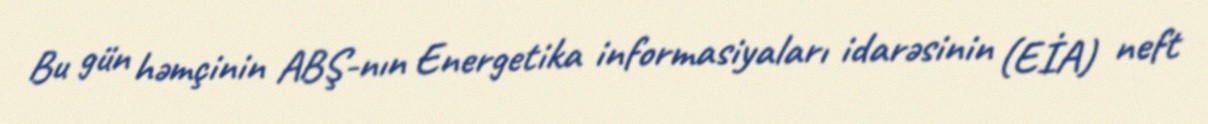
Bu gün həmçinin ABŞ-nın Energetika informasiyaları idarəsinin (EİA) neft